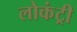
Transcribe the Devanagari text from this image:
लोकंट्री